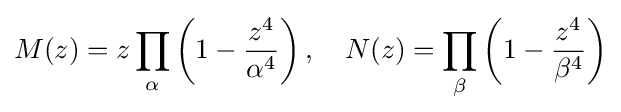
M(z)=z\prod _{\alpha }\left(1-{\frac {z^{4}}{\alpha ^{4}}}\right),\quad N(z)=\prod _{\beta }\left(1-{\frac {z^{4}}{\beta ^{4}}}\right)